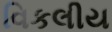
વિકલીય